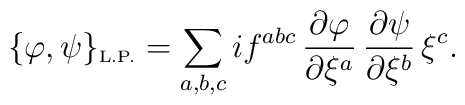
\{\varphi,\psi\}_{\mbox{\tiny\rm L.P.}}=	\sum_{a,b,c} if^{abc}\,\frac{\partial\varphi}	{\partial\xi^a}\,\frac{\partial\psi}{\partial\xi^b}\,\xi^c.